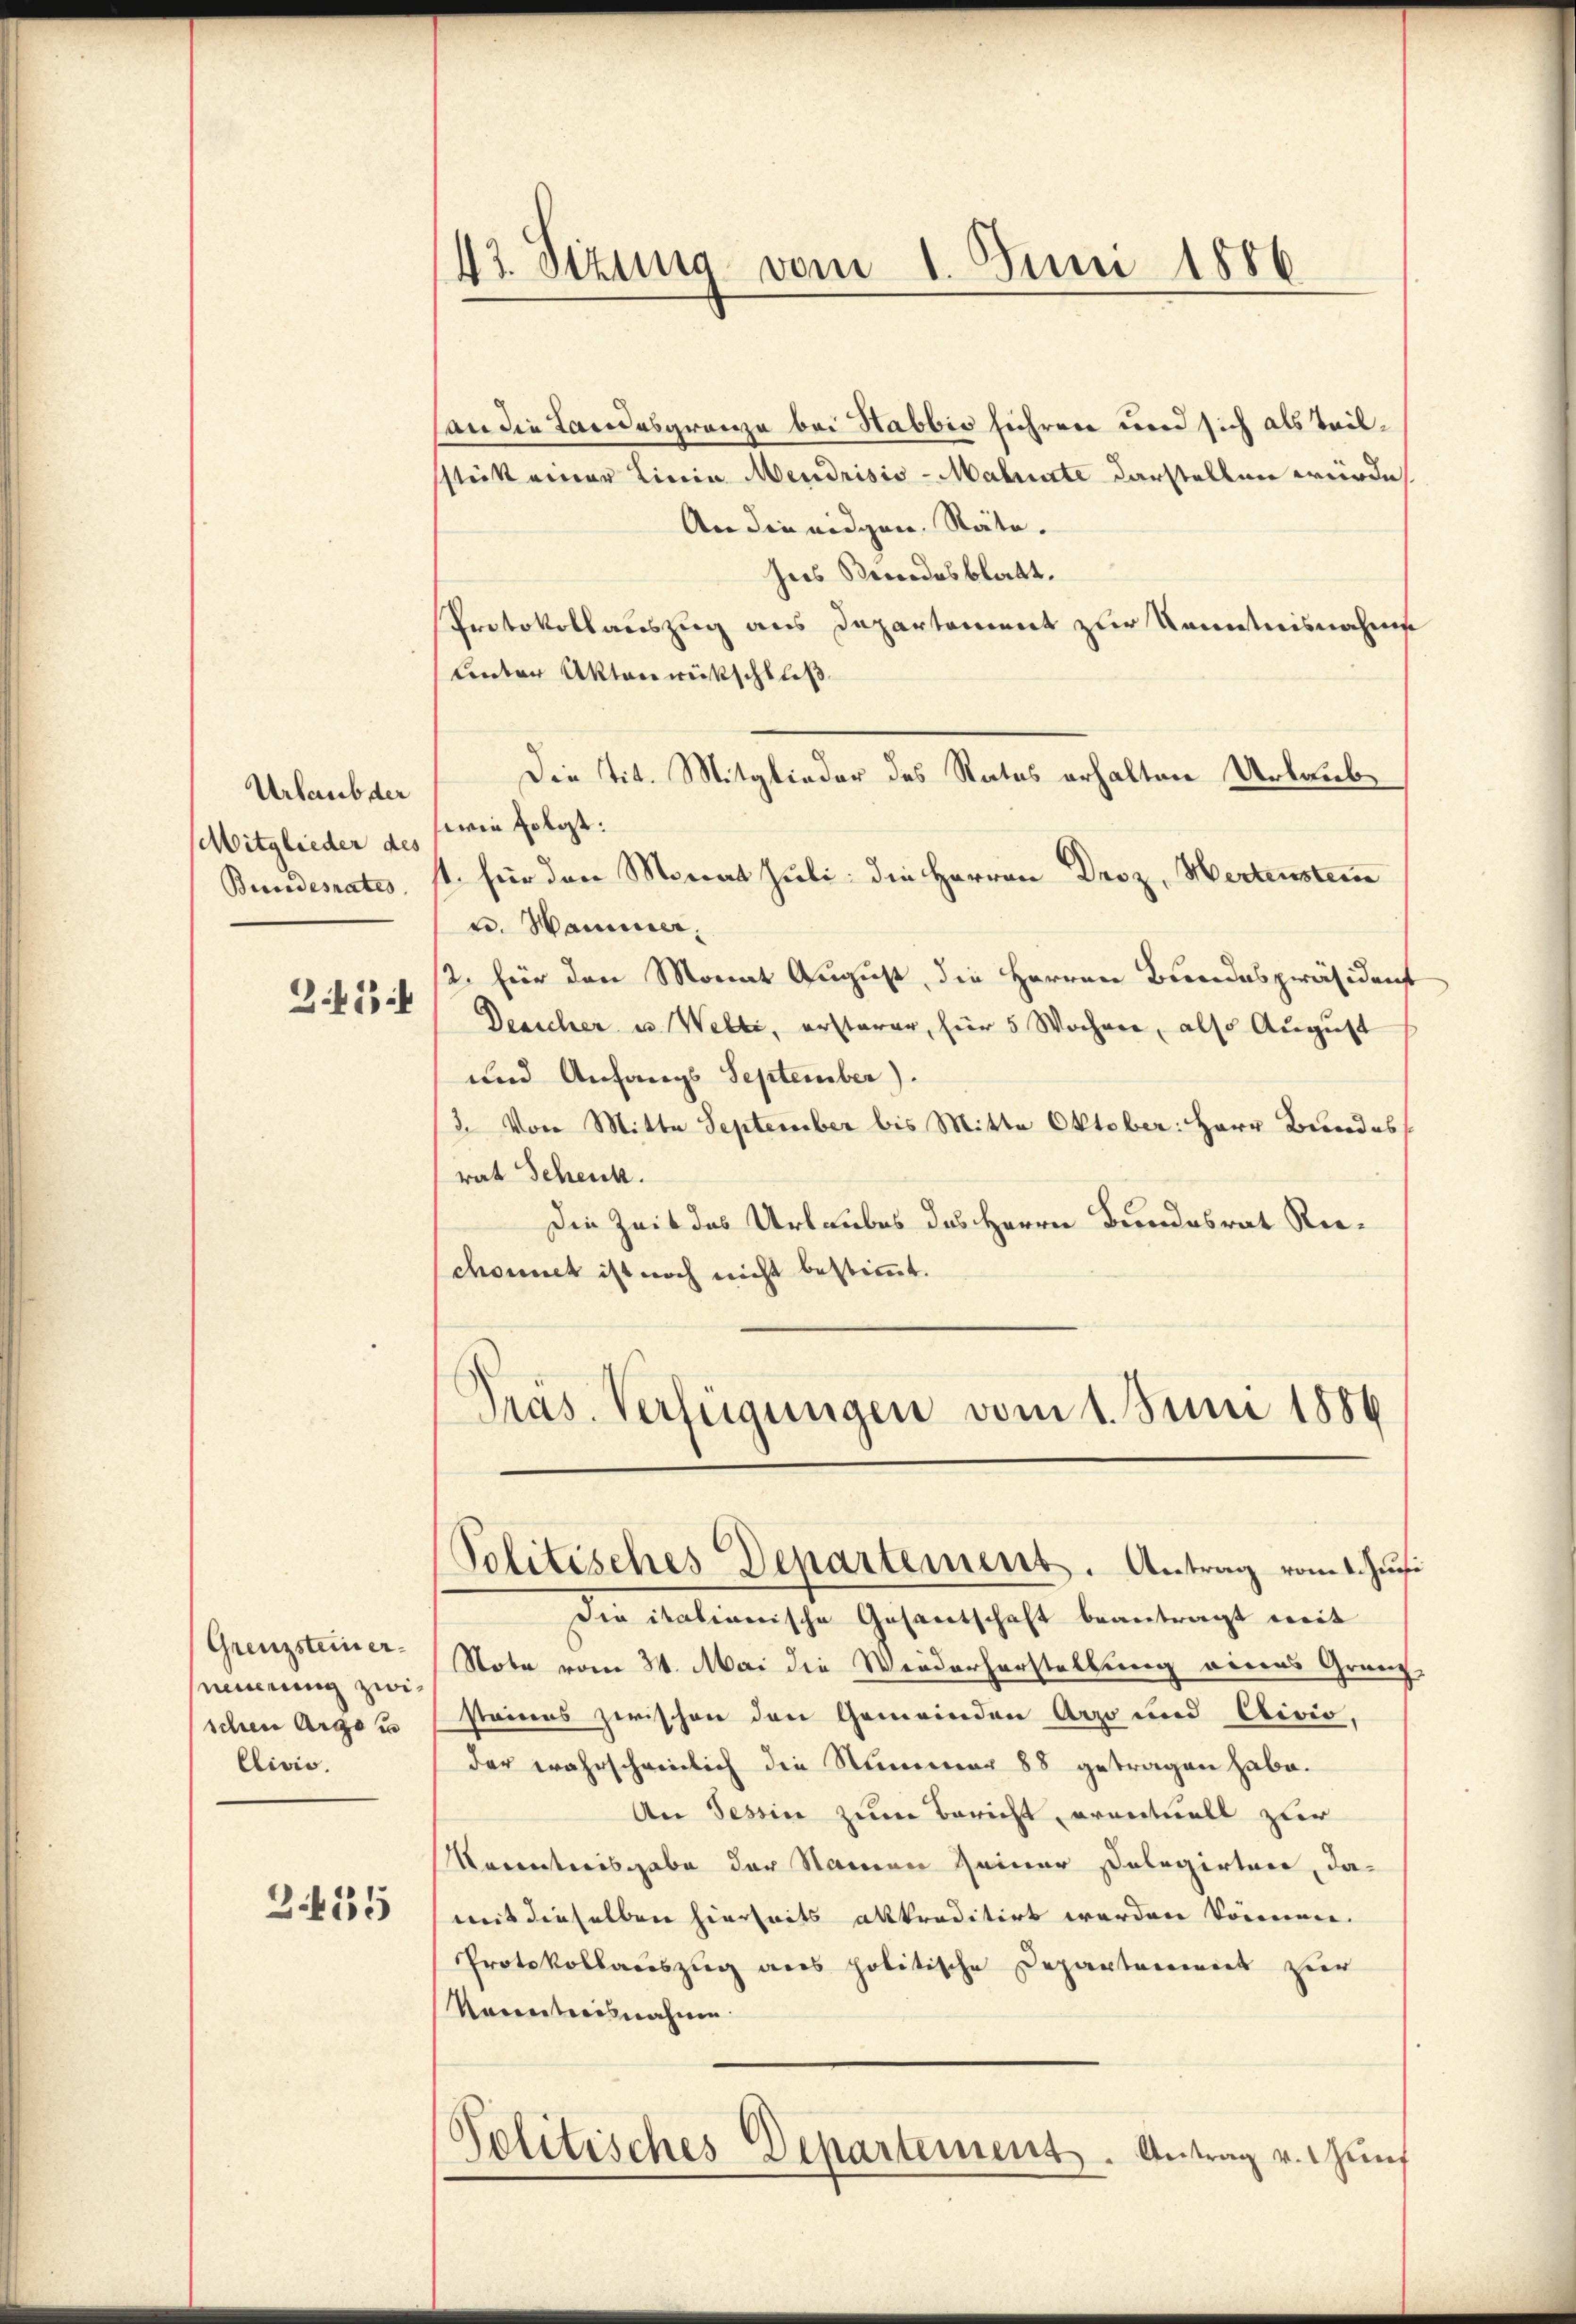
Urlaub der
Mitglieder des
Bundesrates.

3.45

Grenzsteinersinnerung zwischen Argo
Clivis.

3435

43. Sitzung vom 1. Juni 1886

Politisches Departement. Antrag vom 1. Juni

an die Landesgrenze bei Habbio führen und sich als Tribsstatt einer Linia Mendrisis-Malrate darstellen würde
An die eidgen. Räte.
hes Bendesblatt.
Protokollauszug aus Departement zur Kenntnisnahme
Unter Akten rückschluß
Die tit. Mitglieder des Rates erhalten Urlaube,
wein folgt:
st. für den Monat Juli: die Herren Droz, Mertenstein
n. Hammer,
2. für den Monat August, die Herren Bundespräsident
Desicher u. Welti, ersterer, für 5 Wochen, also August
und Anfangs September).
3. Von Mitte September bis Mitte Oktober: Herr Bundes
rat Schenk.
Die Zeit des Urlaubes des Herrn Bundesrat Riechonnet ist noch nicht bestimmt.
Präs. Verfügungen vom 1. Juni 1886

Die itationische Gesantschaft beantragt mit
Note vom 31. Mai die Wiederhorstellung eines Granz-
staines zwischen den Gemeinden Arzo und Civio,
der wahrscheinlich die Nummer 88 getragen habe.
An Tessin zum Bericht eventuell zur
Verentreisgabe der Namen seiner Dolegirten, damit dieselben hierseits altraditirt werden können.
Protokollauszug aus politische Departement zur
Kenntnisnahme.
Politisches Departement. Antrag v. Zünf